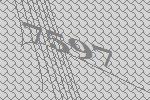
7597